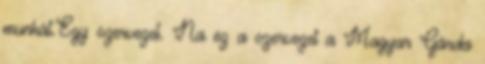
munkát.Egy szervezet. Na ez a szervezet a Magyar Gárda